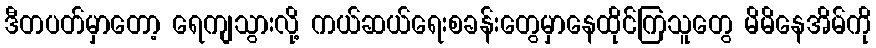
ဒီတပတ်မှာတော့ ရေကျသွားလို့ ကယ်ဆယ်ရေးစခန်းတွေမှာနေထိုင်ကြသူတွေ မိမိနေအိမ်ကို